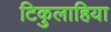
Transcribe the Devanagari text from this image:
टिकुलाहिया